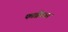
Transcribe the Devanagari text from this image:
फाब्रेगास